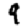
Digit: 9